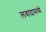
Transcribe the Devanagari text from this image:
लवादामध्ये